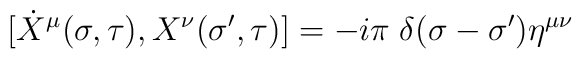
[\dot{X}^{\mu} (\sigma,\tau),X^{\nu}(\sigma^{\prime},\tau)]=-i \pi \;\delta(\sigma-\sigma^{\prime})\eta^{\mu \nu}